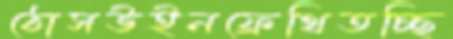
ঠোসউইনফ্রেথিতচ্ছি